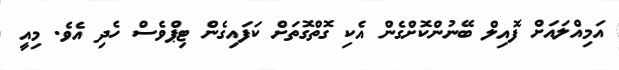
އަމިއްލައަށް ފޮއިލް ބޭނުންކޮށްގެން އެކި ގޮތްގޮތަށް ކަފައިގެން ޓިޕްވެސް ހެދި އެވެ. މިއީ